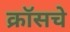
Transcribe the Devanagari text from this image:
क्रॉसचे